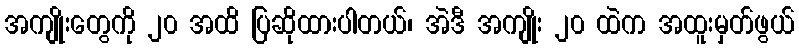
အကျိုးတွေကို ၂၀ အထိ ပြဆိုထားပါတယ်၊ အဲဒီ အကျိုး ၂၀ ထဲက အထူးမှတ်ဖွယ်